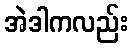
အဲဒါကလည်း